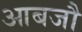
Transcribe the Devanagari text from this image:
आबजौ